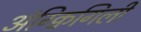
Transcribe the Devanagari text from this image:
अंग्क्विगिली